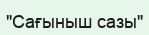
"Сағыныш сазы"